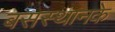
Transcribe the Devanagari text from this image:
बसस्थानके